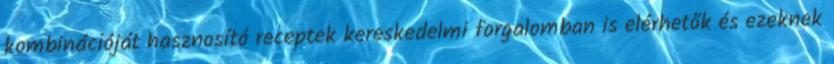
kombinációját hasznosító receptek kereskedelmi forgalomban is elérhetők és ezeknek